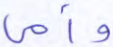
وأمي